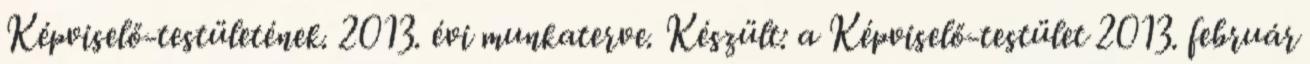
Képviselő-testületének. 2013. évi munkaterve. Készült: a Képviselő-testület 2013. február